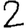
Digit: 2